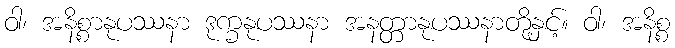
ဝါ၊ အနိစ္စာနုပဿနာ ဒုက္ခနုပဿနာ အနတ္တာနုပဿနာတို့နှင့်။ ဝါ၊ အနိစ္စ